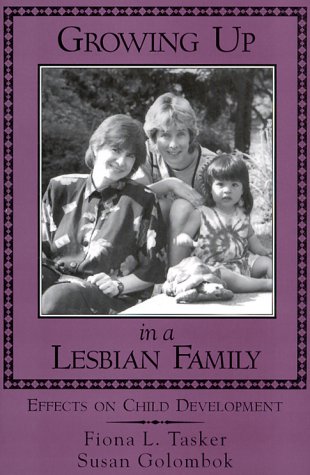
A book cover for Growing Up in a Lesbian Family: Effects on Child Development; Fiona L. Tasker; Gay & Lesbian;